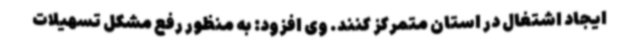
ایجاد اشتغال در استان متمرکز کنند. وی افزود: به منظور رفع مشکل تسهیلات